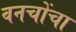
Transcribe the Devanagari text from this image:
वनचोंचा